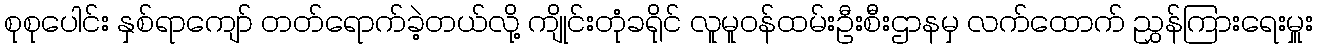
စုစုပေါင်း နှစ်ရာကျော် တတ်ရောက်ခဲ့တယ်လို့ ကျိုင်းတုံခရိုင် လူမူဝန်ထမ်းဦးစီးဌာနမှ လက်ထောက် ညွှန်ကြားရေးမှူး